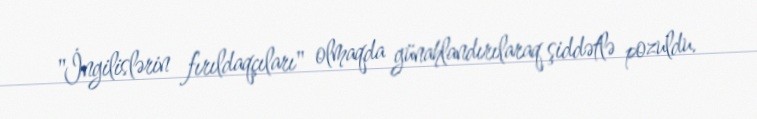
"İngilislərin fırıldaqçıları" olmaqda günahlandırılaraq şiddətlə pozuldu.